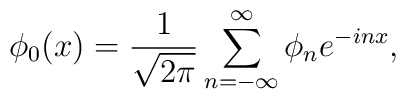
\phi_0(x)={1\over \sqrt{2\pi}}\sum_{n=-\infty}^\infty\phi_n e^{-inx},